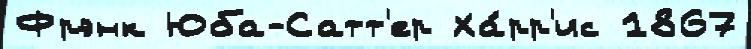
Фрэнк Юба-Сатт'ер Ха́рр'ис 1867